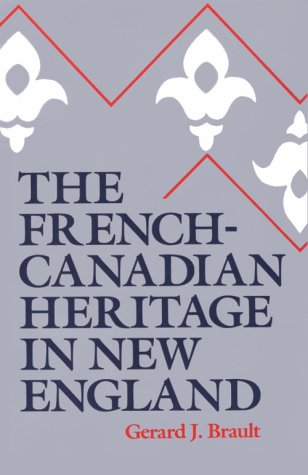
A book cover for The French-Canadian Heritage in New England; Gerard J. Brault; History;